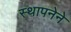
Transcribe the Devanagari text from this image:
स्‍थापनेने